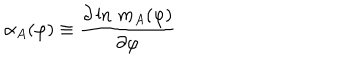
\alpha _ { A } ( \varphi ) \equiv { \frac { \partial \ln \, m _ { A } ( \varphi ) } { \partial \varphi } }